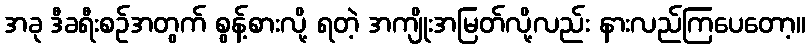
အခု ဒီခရီးစဉ်အတွက် စွန့်စားလို့ ရတဲ့ အကျိုးအမြတ်လို့လည်း နားလည်ကြပေတော့။